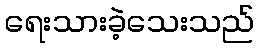
ရေးသားခဲ့သေးသည်